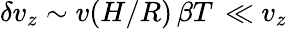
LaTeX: \delta v_{z}\sim v(H/R)\, \beta T\, \ll v_{z}